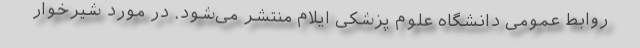
روابط عمومی دانشگاه علوم پزشکی ایلام منتشر می‌شود. در مورد شیرخوار